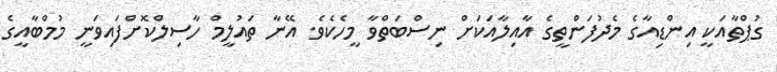
ގުޕްތާއަކީ އިންޑިއާގެ މެދުފަންތީގެ އާއިލާއަކަށް ނިސްބަތްވާ މީހެކެވެ. އޭނާ ތައުލީމް ހާސިލްކޮށްފައިވަނީ މުމްބާއީގެ